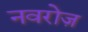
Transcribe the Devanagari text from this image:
नवरोज़